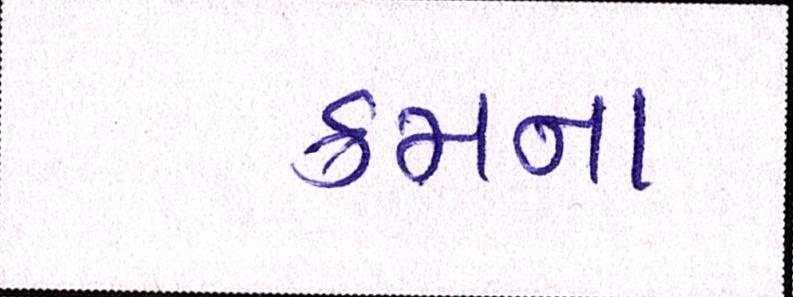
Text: ક્રમના